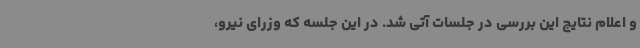
و اعلام نتایج این بررسی در جلسات آتی شد. در این جلسه که وزرای نیرو،